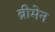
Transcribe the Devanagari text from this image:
ब्रीमेन